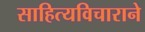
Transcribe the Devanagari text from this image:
साहित्यविचाराने